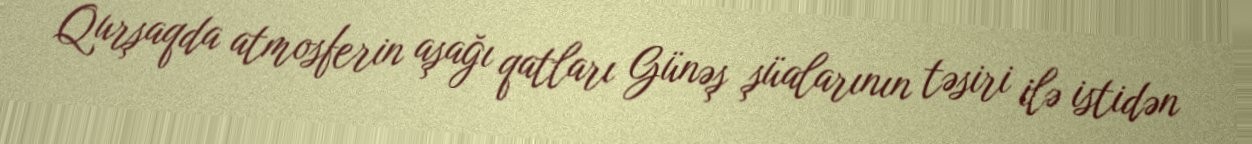
Qurşaqda atmosferin aşağı qatları Günəş şüalarının təsiri ilə istidən